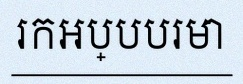
រកអប្បបរមា